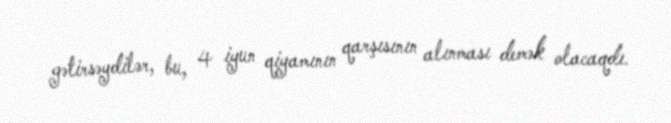
gətirsəydilər, bu, 4 iyun qiyamının qarşısının alınması demək olacaqdı.